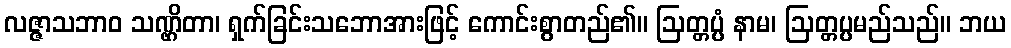
လဇ္ဇာသဘာဝ သဏ္ဌိတာ၊ ရှက်ခြင်းသဘောအားဖြင့် ကောင်းစွာတည်၏။ ဩတ္တပ္ပံ နာမ၊ ဩတ္တပ္ပမည်သည်။ ဘယ